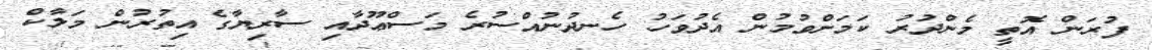
ފުރަން އޮތީ މެންދުރު ކަމަށްވުމުން އެދުވަހު ހެނދުނުއްސުރެ މަސްޢޫދާއި ސާރިޔާގެ އިތުރުން މަލާކް